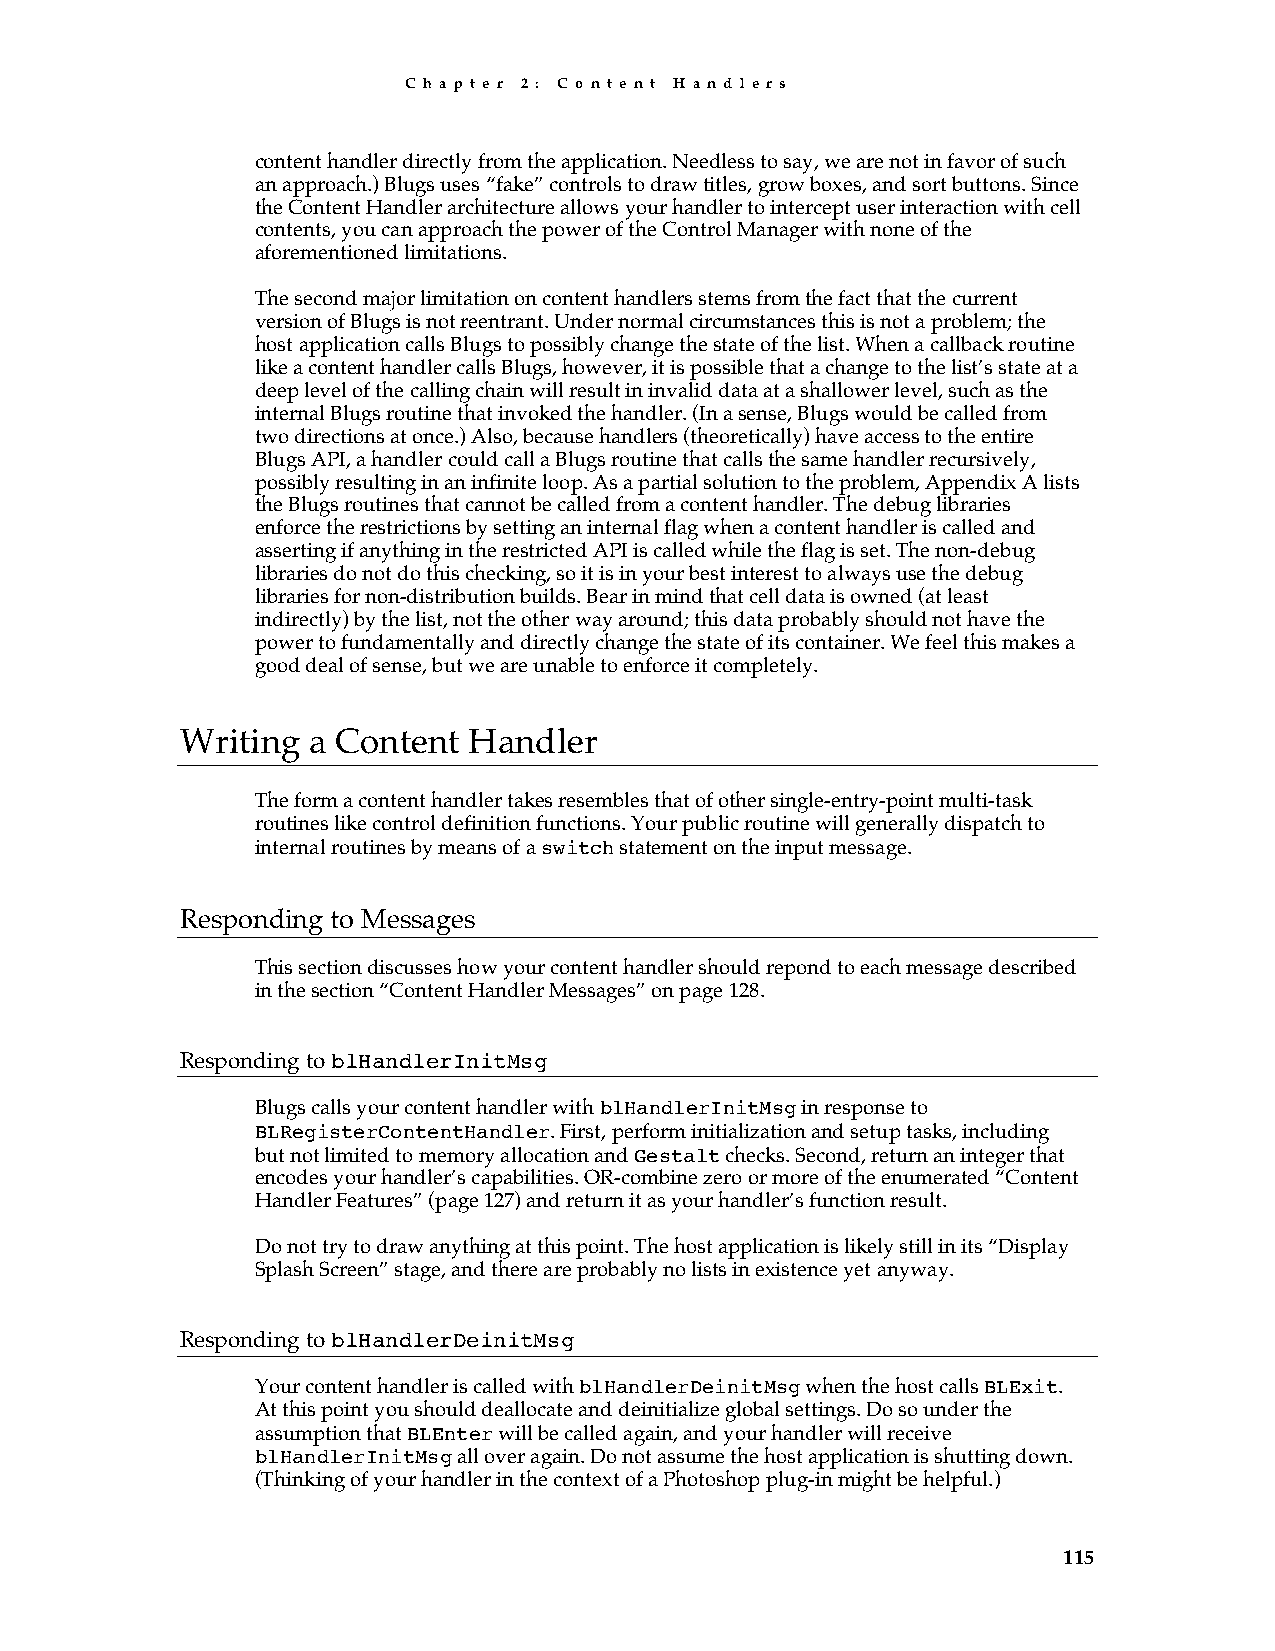
C h a p t e r 2 : C o n t e n t H a n d l e r s
 content handler directly from the application. Needless to say, we are not in favor of such
 an approach.) Blugs uses “fake” controls to draw titles, grow boxes, and sort buttons. Since
 the Content Handler architecture allows your handler to intercept user interaction with cell
 contents, you can approach the power of the Control Manager with none of the
 aforementioned limitations.
 The second major limitation on content handlers stems from the fact that the current
 version of Blugs is not reentrant. Under normal circumstances this is not a problem; the
 host application calls Blugs to possibly change the state of the list. When a callback routine
 like a content handler calls Blugs, however, it is possible that a change to the list’s state at a
 deep level of the calling chain will result in invalid data at a shallower level, such as the
 internal Blugs routine that invoked the handler. (In a sense, Blugs would be called from
 two directions at once.) Also, because handlers (theoretically) have access to the entire
 Blugs API, a handler could call a Blugs routine that calls the same handler recursively,
 possibly resulting in an infinite loop. As a partial solution to the problem, Appendix A lists
 the Blugs routines that cannot be called from a content handler. The debug libraries
 enforce the restrictions by setting an internal flag when a content handler is called and
 asserting if anything in the restricted API is called while the flag is set. The non-debug
 libraries do not do this checking, so it is in your best interest to always use the debug
 libraries for non-distribution builds. Bear in mind that cell data is owned (at least
 indirectly) by the list, not the other way around; this data probably should not have the
 power to fundamentally and directly change the state of its container. We feel this makes a
 good deal of sense, but we are unable to enforce it completely.
 Writing a Content  Handler
 The form a content handler takes resembles that of other single-entry-point multi-task
 routines like control definition functions. Your public routine will generally dispatch to
 internal routines by means of a switch statement on the input message.
 Responding to Messages
 This section discusses how your content handler should repond to each message described
 in the section “Content Handler Messages” on page 128.
 Responding to blHandlerInitMsg
 Blugs calls your content handler with blHandlerInitMsg in response to
 BLRegisterContentHandler. First, perform initialization and setup tasks, including
 but not limited to memory allocation and Gestalt checks. Second, return an integer that
 encodes your handler’s capabilities. OR-combine zero or more of the enumerated “Content
 Handler Features” (page 127) and return it as your handler’s function result.
 Do not try to draw anything at this point. The host application is likely still in its “Display
 Splash Screen” stage, and there are probably no lists in existence yet anyway.
 Responding to blHandlerDeinitMsg
 Your content handler is called with blHandlerDeinitMsg when the host calls BLExit.
 At this point you should deallocate and deinitialize global settings. Do so under the
 assumption that BLEnter will be called again, and your handler will receive
 blHandlerInitMsg all over again. Do not assume the host application is shutting down.
 (Thinking of your handler in the context of a Photoshop plug-in might be helpful.)
 115